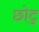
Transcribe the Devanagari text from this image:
छोटु